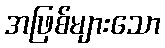
အဖြစ်များသော